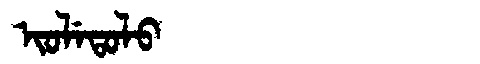
Manchu: ᡳᠣᠯᡝᡨᠣᠯᠣ
Romanization: IOLETOLO